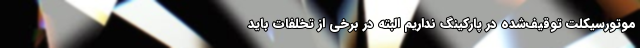
موتورسیکلت توقیف‌شده در پارکینگ نداریم البته در برخی از تخلفات باید